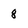
Character: 8